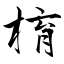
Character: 棛